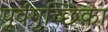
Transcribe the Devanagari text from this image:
पूर्वगुच्छिका